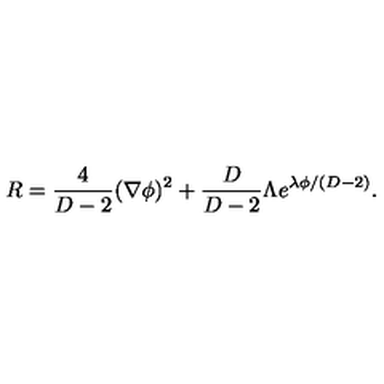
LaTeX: R = \frac { 4 } { D - 2 } ( \nabla \phi ) ^ { 2 } + \frac { D } { D - 2 } \Lambda e ^ { \lambda \phi / ( D - 2 ) } .